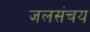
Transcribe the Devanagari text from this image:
जलसंचय